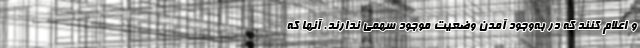
و اعلام کنند که در به‌وجود آمدن وضعیت موجود سهمی ‌ندارند. آنها که